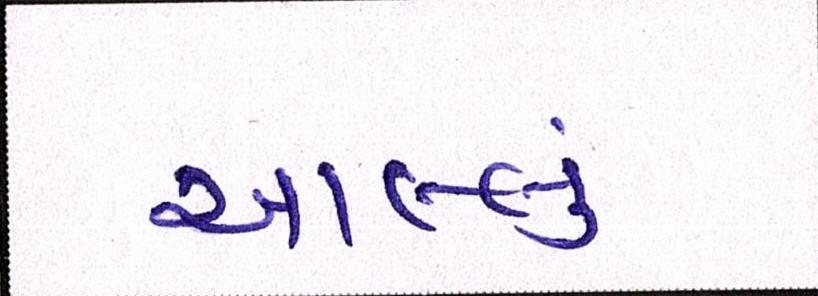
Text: સાલ્લું